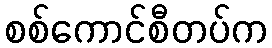
စစ်ကောင်စီတပ်က